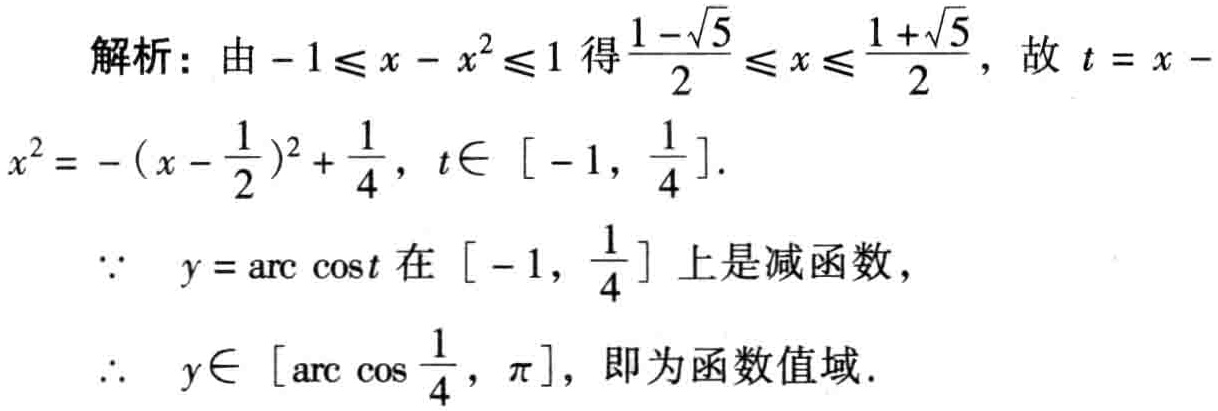
解析：由\(-1\leq x - x^{2}\leq1\)得\(\frac{1 - \sqrt{5}}{2}\leq x\leq\frac{1 + \sqrt{5}}{2}\)，故\(t = x -

\(x^{2}=-(x - \frac{1}{2})^{2}+\frac{1}{4}\)，\(t\in[-1,\frac{1}{4}]\).

\(\because y = \arccos t\)在\([-1,\frac{1}{4}]\)上是减函数，

\(\therefore y\in[\arccos\frac{1}{4},\pi]\)，即为函数值域.